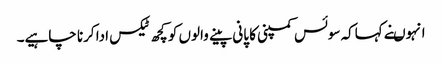
انہوںنے کہاکہ سوئس کمپنی کا پانی پینے والوں کو کچھ ٹیکس ادا کرنا چاہیے۔